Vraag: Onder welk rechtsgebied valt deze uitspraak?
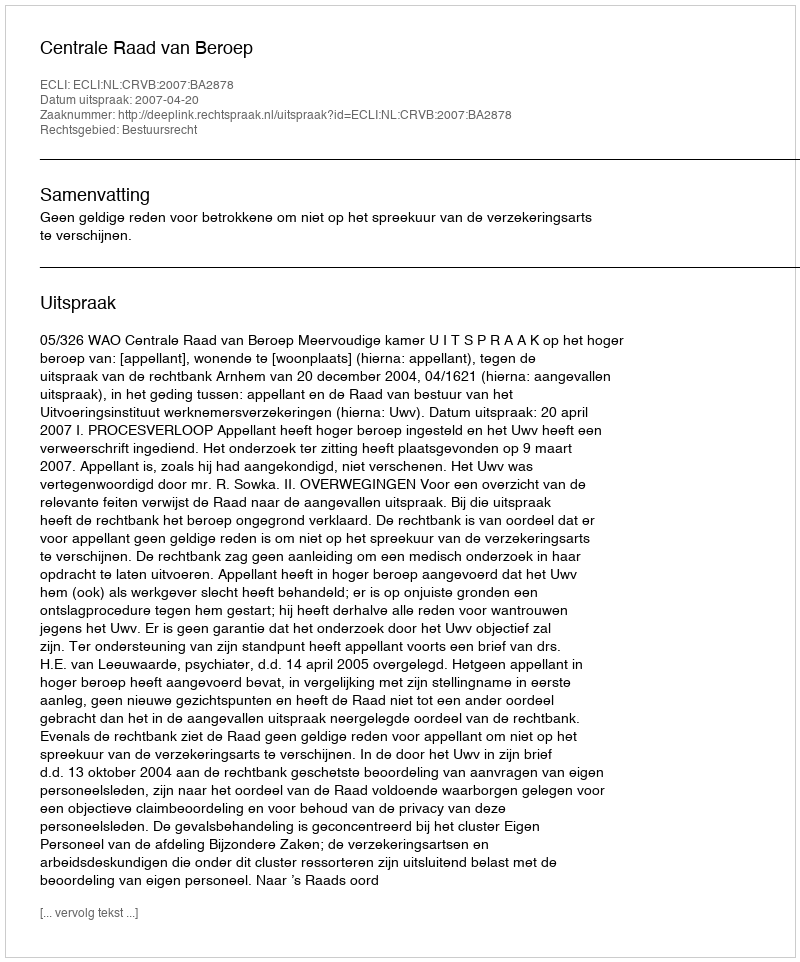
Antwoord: Bestuursrecht